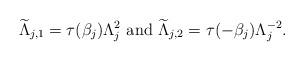
LaTeX: \begin{align*}\widetilde{\Lambda}_{j,1} = \tau(\beta_{j})\Lambda_{j}^{2} \mbox{ and } \widetilde{\Lambda}_{j,2} = \tau(-\beta_{j})\Lambda_{j}^{-2}.\end{align*}